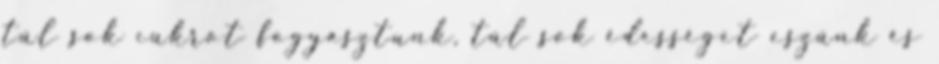
túl sok cukrot fogyasztunk, túl sok édességet eszünk és